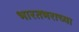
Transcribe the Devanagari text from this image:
भारतभराच्‍या